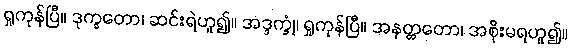
ရှုကုန်ပြီ။ ဒုက္ခတော၊ ဆင်းရဲဟူ၍။ အဒ္ဒက္ခုံ၊ ရှုကုန်ပြီ။ အနတ္တတော၊ အစိုးမရဟူ၍။